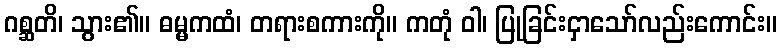
ဂစ္ဆတိ၊ သွား၏။ ဓမ္မကထံ၊ တရားစကားကို။ ကတုံ ဝါ၊ ပြုခြင်းငှာသော်လည်းကောင်း။